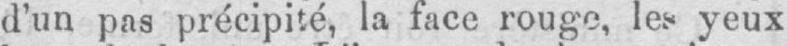
d’un pas précipité, la face rouge, les yeux